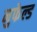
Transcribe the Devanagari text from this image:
नुफेल्ड